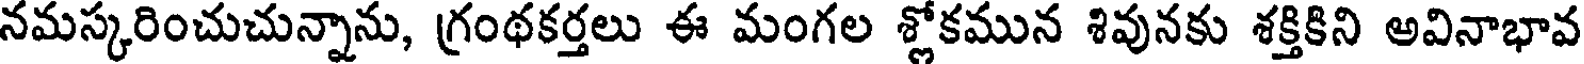
నమస్కరించుచున్నాను, గ్రంథకర్తలు ఈ మంగల శ్లోకమున శివునకు శక్తికిని అవినాభావ